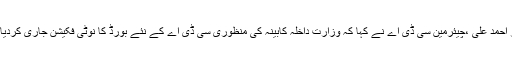
عامر احمد علی ،چیئرمین سی ڈی اے نے کہا کہ وزارت داخلہ کابینہ کی منظوری سی ڈی اے کے نئے بورڈ کا نوٹی فکیشن جاری کردیا ہے۔